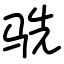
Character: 𬳽